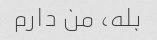
بله، من دارم